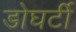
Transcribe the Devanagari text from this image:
डोघर्टी